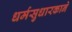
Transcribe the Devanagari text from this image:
धर्मसुधारकाने